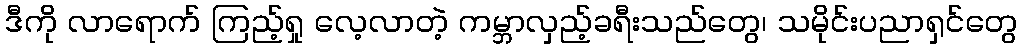
ဒီကို လာရောက် ကြည့်ရှု လေ့လာတဲ့ ကမ္ဘာလှည့်ခရီးသည်တွေ၊ သမိုင်းပညာရှင်တွေ